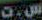
ست